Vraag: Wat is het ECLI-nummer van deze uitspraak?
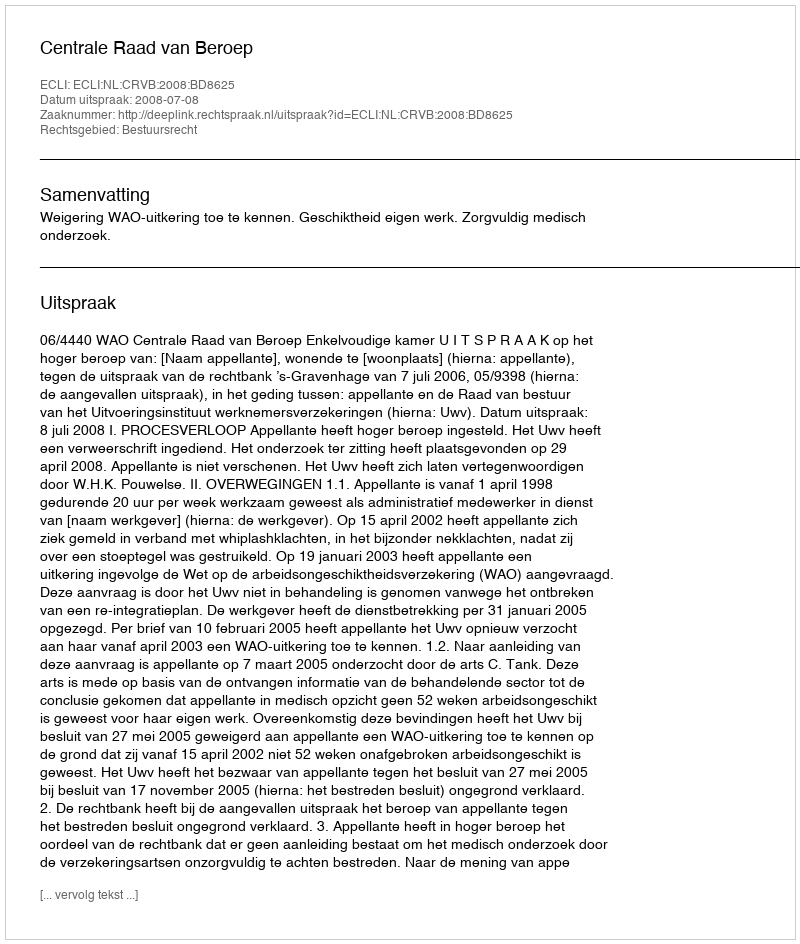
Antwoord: ECLI:NL:CRVB:2008:BD8625